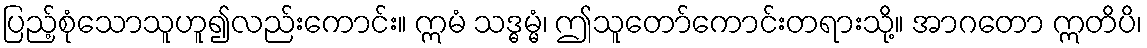
ပြည့်စုံသောသူဟူ၍လည်းကောင်း။ ဣမံ သဒ္ဓမ္မံ၊ ဤသူတော်ကောင်းတရားသို့။ အာဂတော ဣတိပိ၊